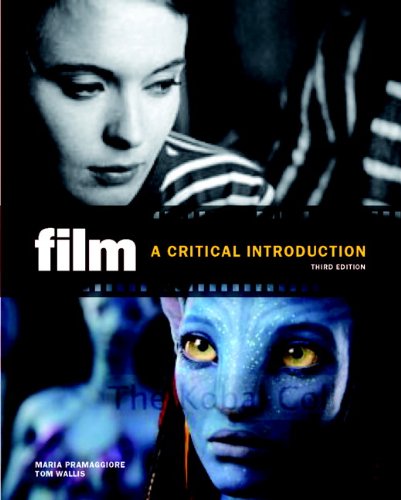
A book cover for Film: A Critical Introduction (3rd Edition); Maria T. Pramaggiore; Humor & Entertainment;